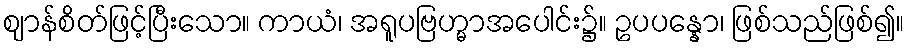
ဈာန်စိတ်ဖြင့်ပြီးသော။ ကာယံ၊ အရူပဗြဟ္မာအပေါင်း၌။ ဥပပန္နော၊ ဖြစ်သည်ဖြစ်၍။